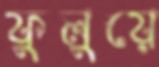
ফুলুয়ে